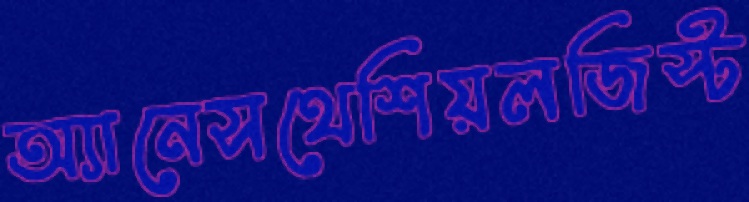
অ্যানেসথেশিয়লজিস্ট